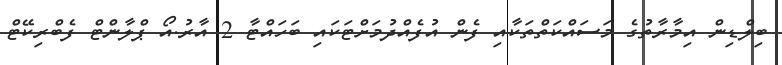
ބިލްޑިން އިމާރާތުގެ މަސައްކަތްތަކާއި ފެން އުފެއްދުމަށްޓަކައި ބަހައްޓާ 2 އާރު.އޯ ޕްލާންޓް ފެބްރިކޭޓް